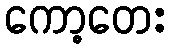
ကော့တေး